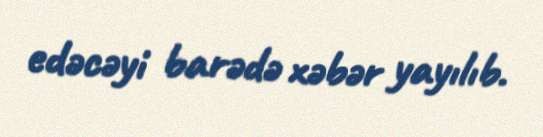
edəcəyi barədə xəbər yayılıb.